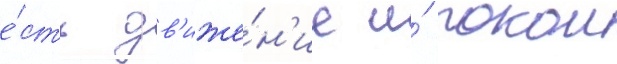
е́сть дв'иже́н'ие и́ покои